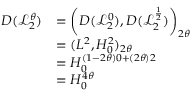
\begin{array} { r l } { D ( \mathcal { L } _ { 2 } ^ { \theta } ) } & { = \left( D ( \mathcal { L } _ { 2 } ^ { 0 } ) , D ( \mathcal { L } _ { 2 } ^ { \frac { 1 } { 2 } } ) \right) _ { 2 \theta } } \\ & { = ( L ^ { 2 } , H _ { 0 } ^ { 2 } ) _ { 2 \theta } } \\ & { = H _ { 0 } ^ { ( 1 - 2 \theta ) 0 + ( 2 \theta ) 2 } } \\ & { = H _ { 0 } ^ { 4 \theta } } \end{array}